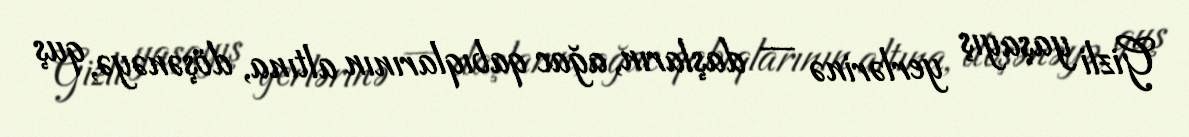
Gizli yaşayış yerlərinə — daşların, ağac qabıqlarının altına, döşənəyə, quş